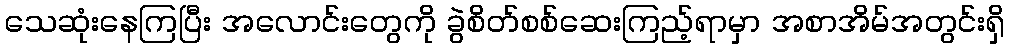
သေဆုံးနေကြပြီး အလောင်းတွေကို ခွဲစိတ်စစ်ဆေးကြည့်ရာမှာ အစာအိမ်အတွင်းရှိ